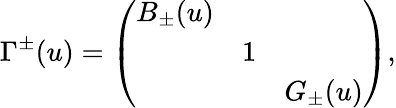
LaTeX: \Gamma^{\pm}(u)=\left(\begin{array}{ccc}{{B_{\pm}(u)}}&{{}}&{{}}\\ {{}}&{{1}}&{{}}\\ {{}}&{{}}&{{G_{\pm}(u)}}\end{array}\right),